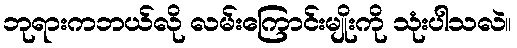
ဘုရားကဘယ်လို လမ်းကြောင်းမျိုးကို သုံးပါသလဲ။